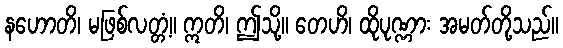
နဟောတိ၊ မဖြစ်လတ္တံ့။ ဣတိ၊ ဤသို့။ တေဟိ၊ ထိုပုဏ္ဏား အမတ်တို့သည်။